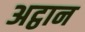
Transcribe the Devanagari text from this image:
अट्ठान